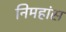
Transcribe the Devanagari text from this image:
निमहांस